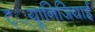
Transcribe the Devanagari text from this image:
ट््यूानिजियाई